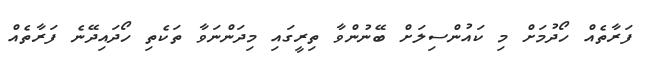
ފަރާތެއް ހޯދުމަށް މި ކައުންސިލަށް ބޭނުންވާ ތިރީގައި މިދަންނަވާ ތަކެތި ހޯދައިދޭނެ ފަރާތެއް